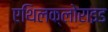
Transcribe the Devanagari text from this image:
एथिलक्लोराइड